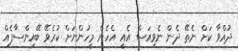
ދުއްވާ ކަށް ނެތޭ ދެން ނެވިއަސް އެއީ އެެހެން މީހުންނަށް ކުރެވޭ ބޭއިންސާފެއް